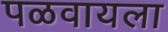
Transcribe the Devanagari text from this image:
पळवायला